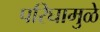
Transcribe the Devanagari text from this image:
परिघामुळे